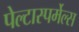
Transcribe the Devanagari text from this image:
पेल्टास्पर्मेल्स